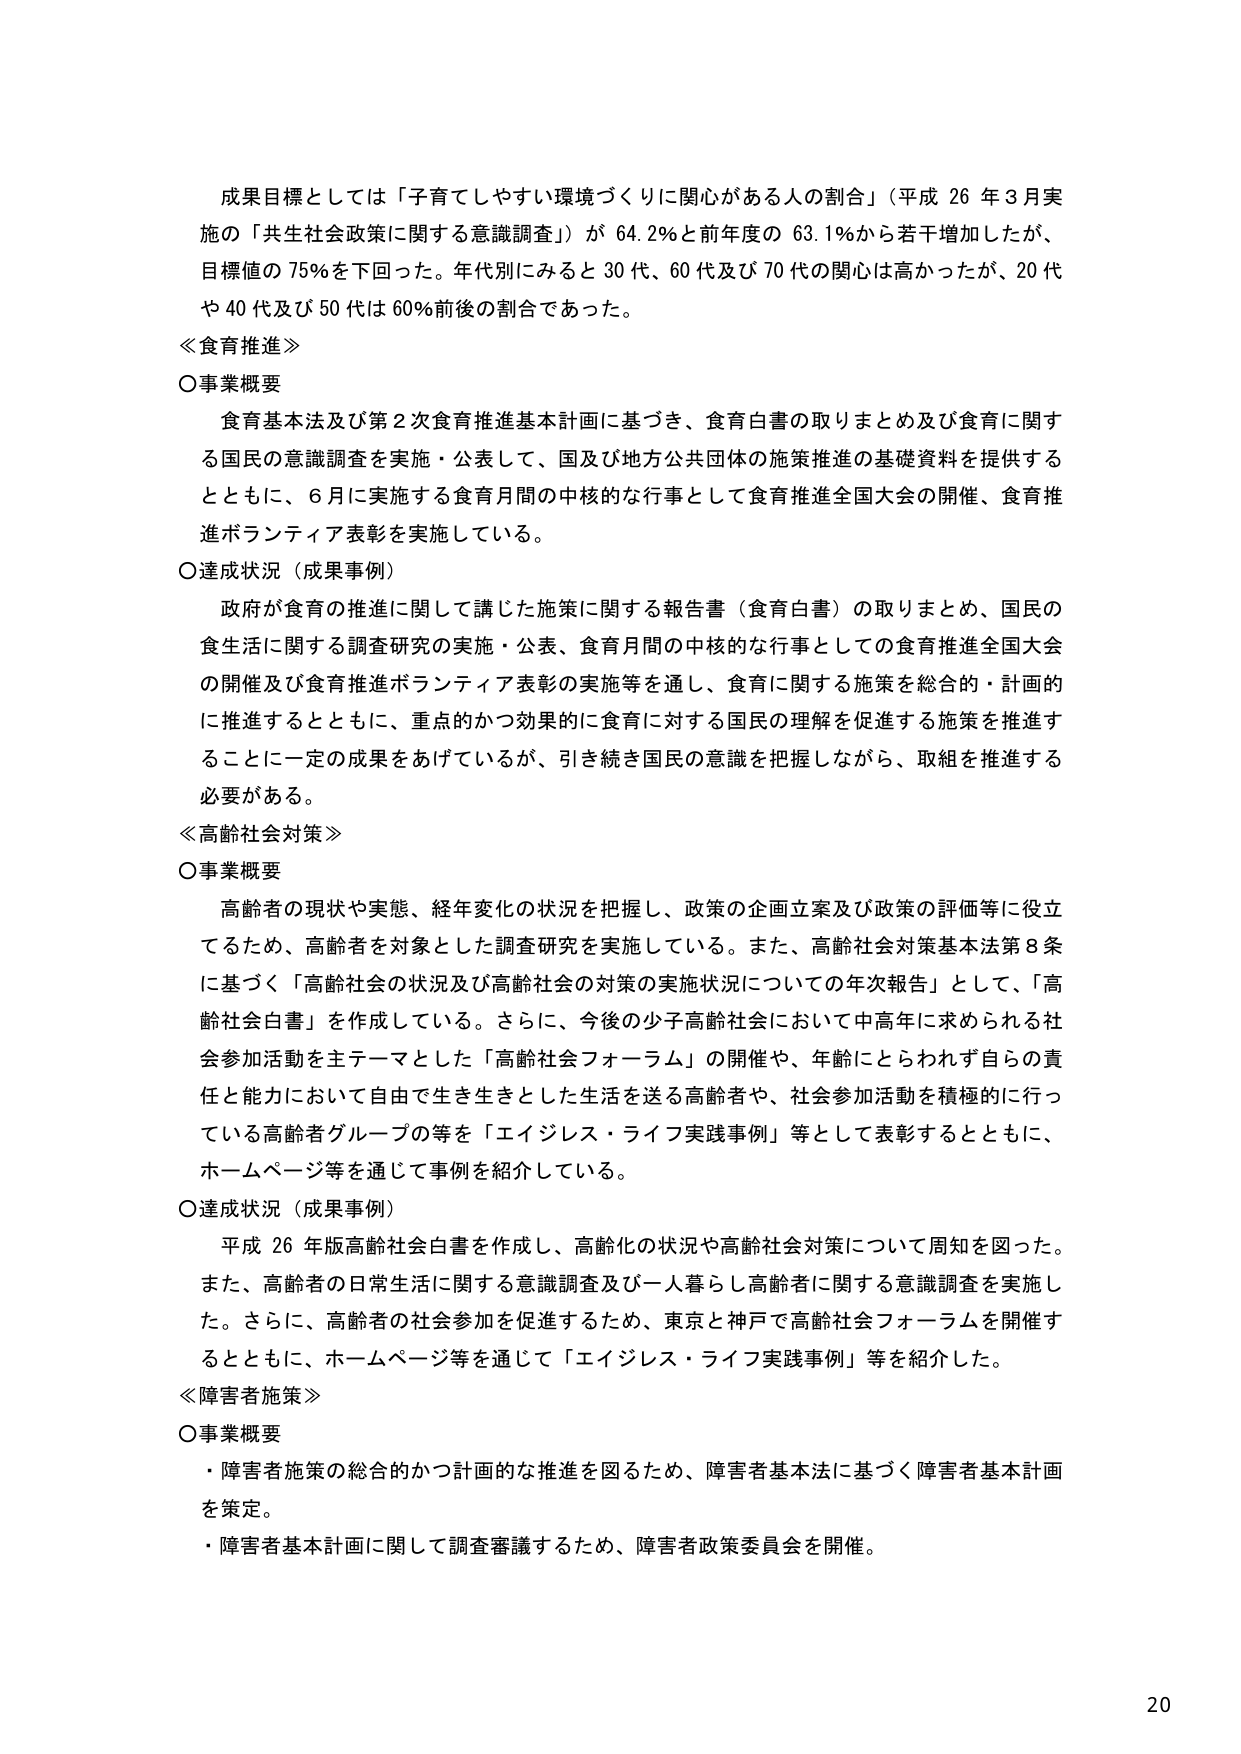
成果目標としては「子育てしやすい環境づくりに関心がある人の割合」（平成 26 年3月実施の「共生社会政策に関する意識調査」）が 64.2％と前年度の 63.1％から若干増加したが、目標値の 75％を下回った。年代別にみると 30代、60代及び 70代の関心は高かったが、20代や 40代及び 50代は 60％前後の割合であった。

≪食育推進≫

〇事業概要
食育基本法及び第2次食育推進基本計画に基づき、食育白書の取りまとめ及び食育に関する国民の意識調査を実施・公表して、国及び地方公共団体の施策推進の基礎資料を提供するとともに、6月に実施する食育月間の中核的な行事として食育推進全国大会の開催、食育推進ボランティア表彰を実施している。

〇達成状況（成果事例）
政府が食育の推進に関して講じた施策に関する報告書（食育白書）の取りまとめ、国民の食生活に関する調査研究の実施・公表、食育月間の中核的な行事としての食育推進全国大会の開催及び食育推進ボランティア表彰の実施等を通し、食育に関する施策を総合的・計画的に推進するとともに、重点的かつ効果的に食育に対する国民の理解を促進する施策を推進することに一定の成果をあげているが、引き続き国民の意識を把握しながら、取組を推進する必要がある。

≪高齢社会対策≫

〇事業概要
高齢者の現状や実態、経年変化の状況を把握し、政策の企画立案及び政策の評価等に役立てるため、高齢者を対象とした調査研究を実施している。また、高齢社会対策基本法第8条に基づく「高齢社会の状況及び高齢社会の対策の実施状況についての年次報告」として、「高齢社会白書」を作成している。さらに、今後の少子高齢社会において中高年に求められる社会参加活動をテーマとした「高齢社会フォーラム」の開催や、年齢にとらわれず自らの責任と能力において自由で生き生きとした生活を送る高齢者や、社会参加活動を積極的に行っている高齢者グループの等を「エイジレス・ライフ実践事例」等として表彰するとともに、ホームページ等を通じて事例を紹介している。

〇達成状況（成果事例）
平成 26 年版高齢社会白書を作成し、高齢化の状況や高齢社会対策について周知を図った。また、高齢者の日常生活に関する意識調査及び一人暮らし高齢者に関する意識調査を実施した。さらに、高齢者の社会参加を促進するため、東京と神戸で高齢社会フォーラムを開催するとともに、ホームページ等を通じて「エイジレス・ライフ実践事例」等を紹介した。

≪障害者施策≫

〇事業概要
・障害者施策の総合的かつ計画的な推進を図るため、障害者基本法に基づく障害者基本計画を策定。
・障害者基本計画に関して調査審議するため、障害者政策委員会を開催。

20